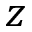
z